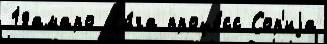
18амаро Л'и́га проце́сс Сор'иjа